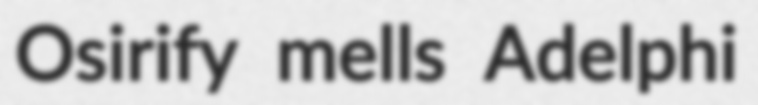
Osirify mells Adelphi